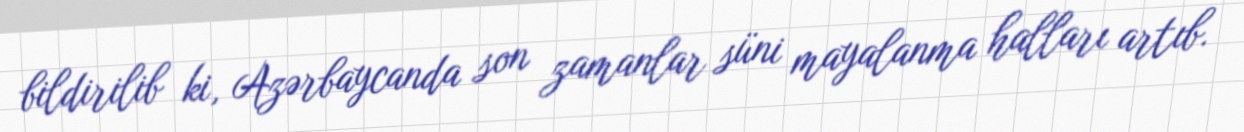
bildirilib ki, Azərbaycanda son zamanlar süni mayalanma halları artıb.